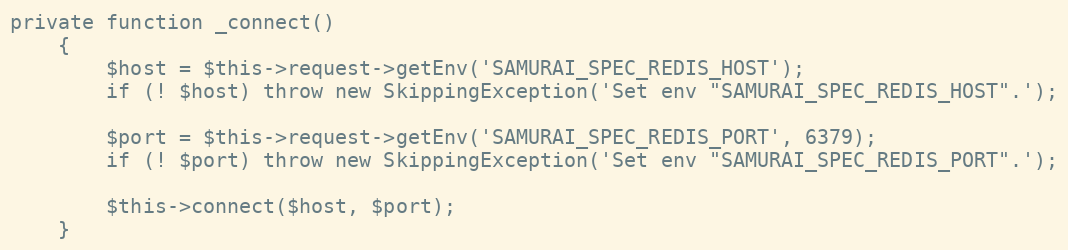
Language: PHP
private function _connect()
    {
        $host = $this->request->getEnv('SAMURAI_SPEC_REDIS_HOST');
        if (! $host) throw new SkippingException('Set env "SAMURAI_SPEC_REDIS_HOST".');

        $port = $this->request->getEnv('SAMURAI_SPEC_REDIS_PORT', 6379);
        if (! $port) throw new SkippingException('Set env "SAMURAI_SPEC_REDIS_PORT".');

        $this->connect($host, $port);
    }